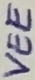
Text: VEE